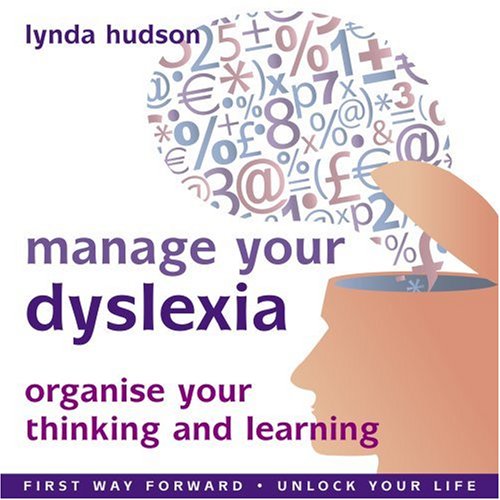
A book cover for Manage your Dyslexia: Organize Your Thinking and Learning- First Way Forward / Unlock Your Life; Lynda Hudson; Parenting & Relationships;